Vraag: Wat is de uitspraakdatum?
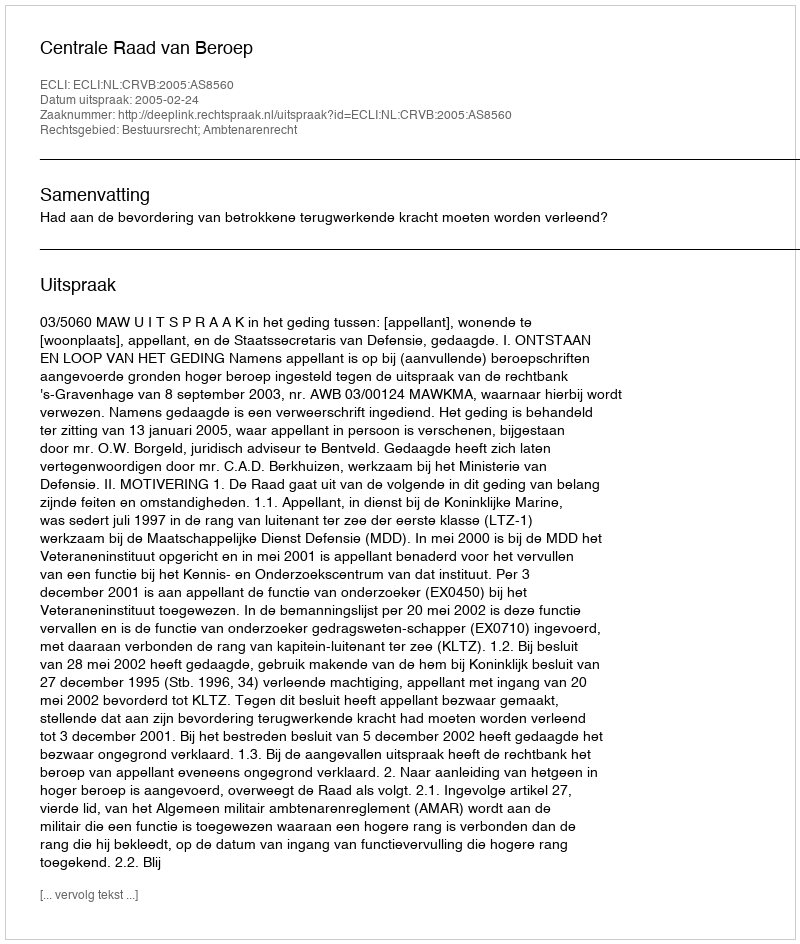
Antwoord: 2005-02-24